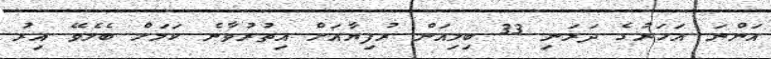
އަންނަ އަހަރުގެ ދަރަނި 33 ބިލިއަން ރުފިޔާއަށް އިތުރުވާނެ ކަމަށް ބެލެވޭ އިރު